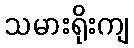
သမားရိုးကျ